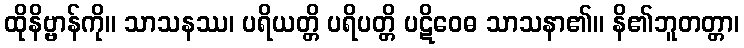
ထိုနိဗ္ဗာန်ကို။ သာသနဿ၊ ပရိယတ္တိ ပရိပတ္တိ ပဋိဝေဓ သာသနာ၏။ နိ၏ဘူတတ္တာ၊